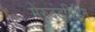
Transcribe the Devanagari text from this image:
मेरुदंडविहिन